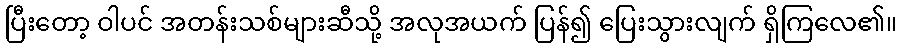
ပြီးတော့ ဝါပင် အတန်းသစ်များဆီသို့ အလုအယက် ပြန်၍ ပြေးသွားလျက် ရှိကြလေ၏။